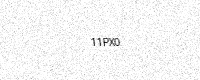
Text: 11PX0